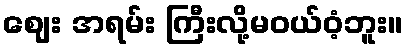
ဈေး အရမ်း ကြီးလို့မဝယ်ဝံ့ဘူး။